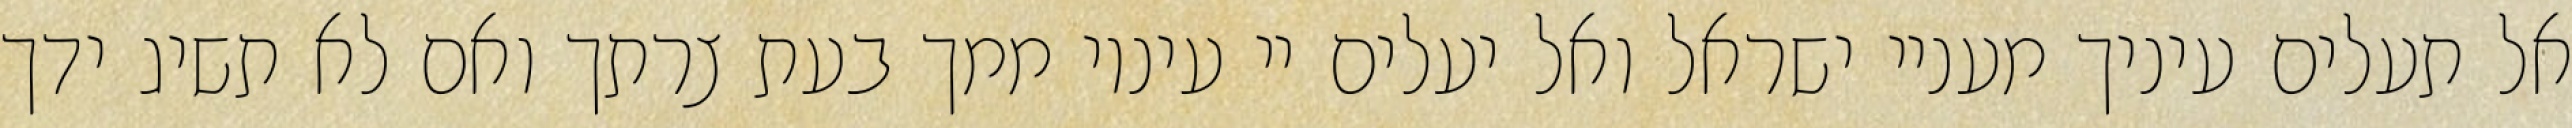
אל תעלים עיניך מעניי ישראל ואל יעלים יי עיניו ממך בעת צרתך ואם לא תשיג ידך